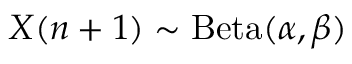
{ X ( n + 1 ) } \sim \operatorname { B e t a } ( \alpha , \beta )